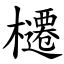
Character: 櫏